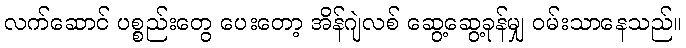
လက်ဆောင် ပစ္စည်းတွေ ပေးတော့ အိန်ဂျဲလစ် ဆွေ့ဆွေ့ခုန်မျှ ဝမ်းသာနေသည်။